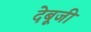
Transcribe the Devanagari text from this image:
देबूजी